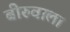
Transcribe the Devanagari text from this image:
बीरुवाला